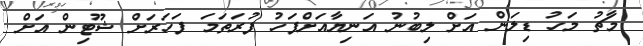
މާޗު މަހު ޑިލަން އަށް ލިބުނު އަނިޔާއަށްފަހު ފުރަތަމަ ފަހަރަށް ޝޫޓިން އަށް